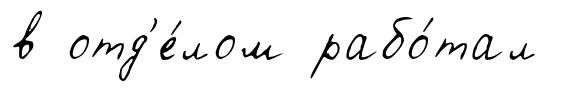
в отд'е́лом рабо́тал